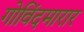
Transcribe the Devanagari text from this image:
गोविंदमारार